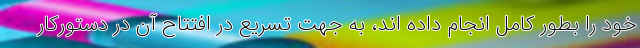
خود را بطور کامل انجام داده اند، به جهت تسریع در افتتاح آن در دستورکار